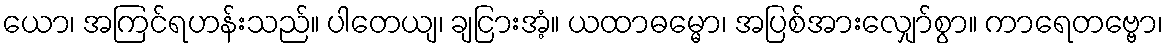
ယော၊ အကြင်ရဟန်းသည်။ ပါတေယျ၊ ချငြားအံ့။ ယထာဓမ္မော၊ အပြစ်အားလျှော်စွာ။ ကာရေတဗ္ဗော၊